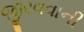
જીરવવાની